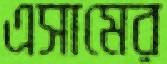
এসামের